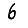
Digit: 6